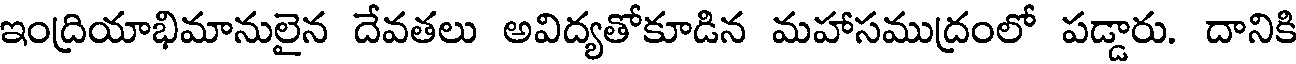
ఇంద్రియాభిమానులైన దేవతలు అవిద్యతోకూడిన మహాసముద్రంలో పడ్డారు. దానికి